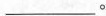
___。